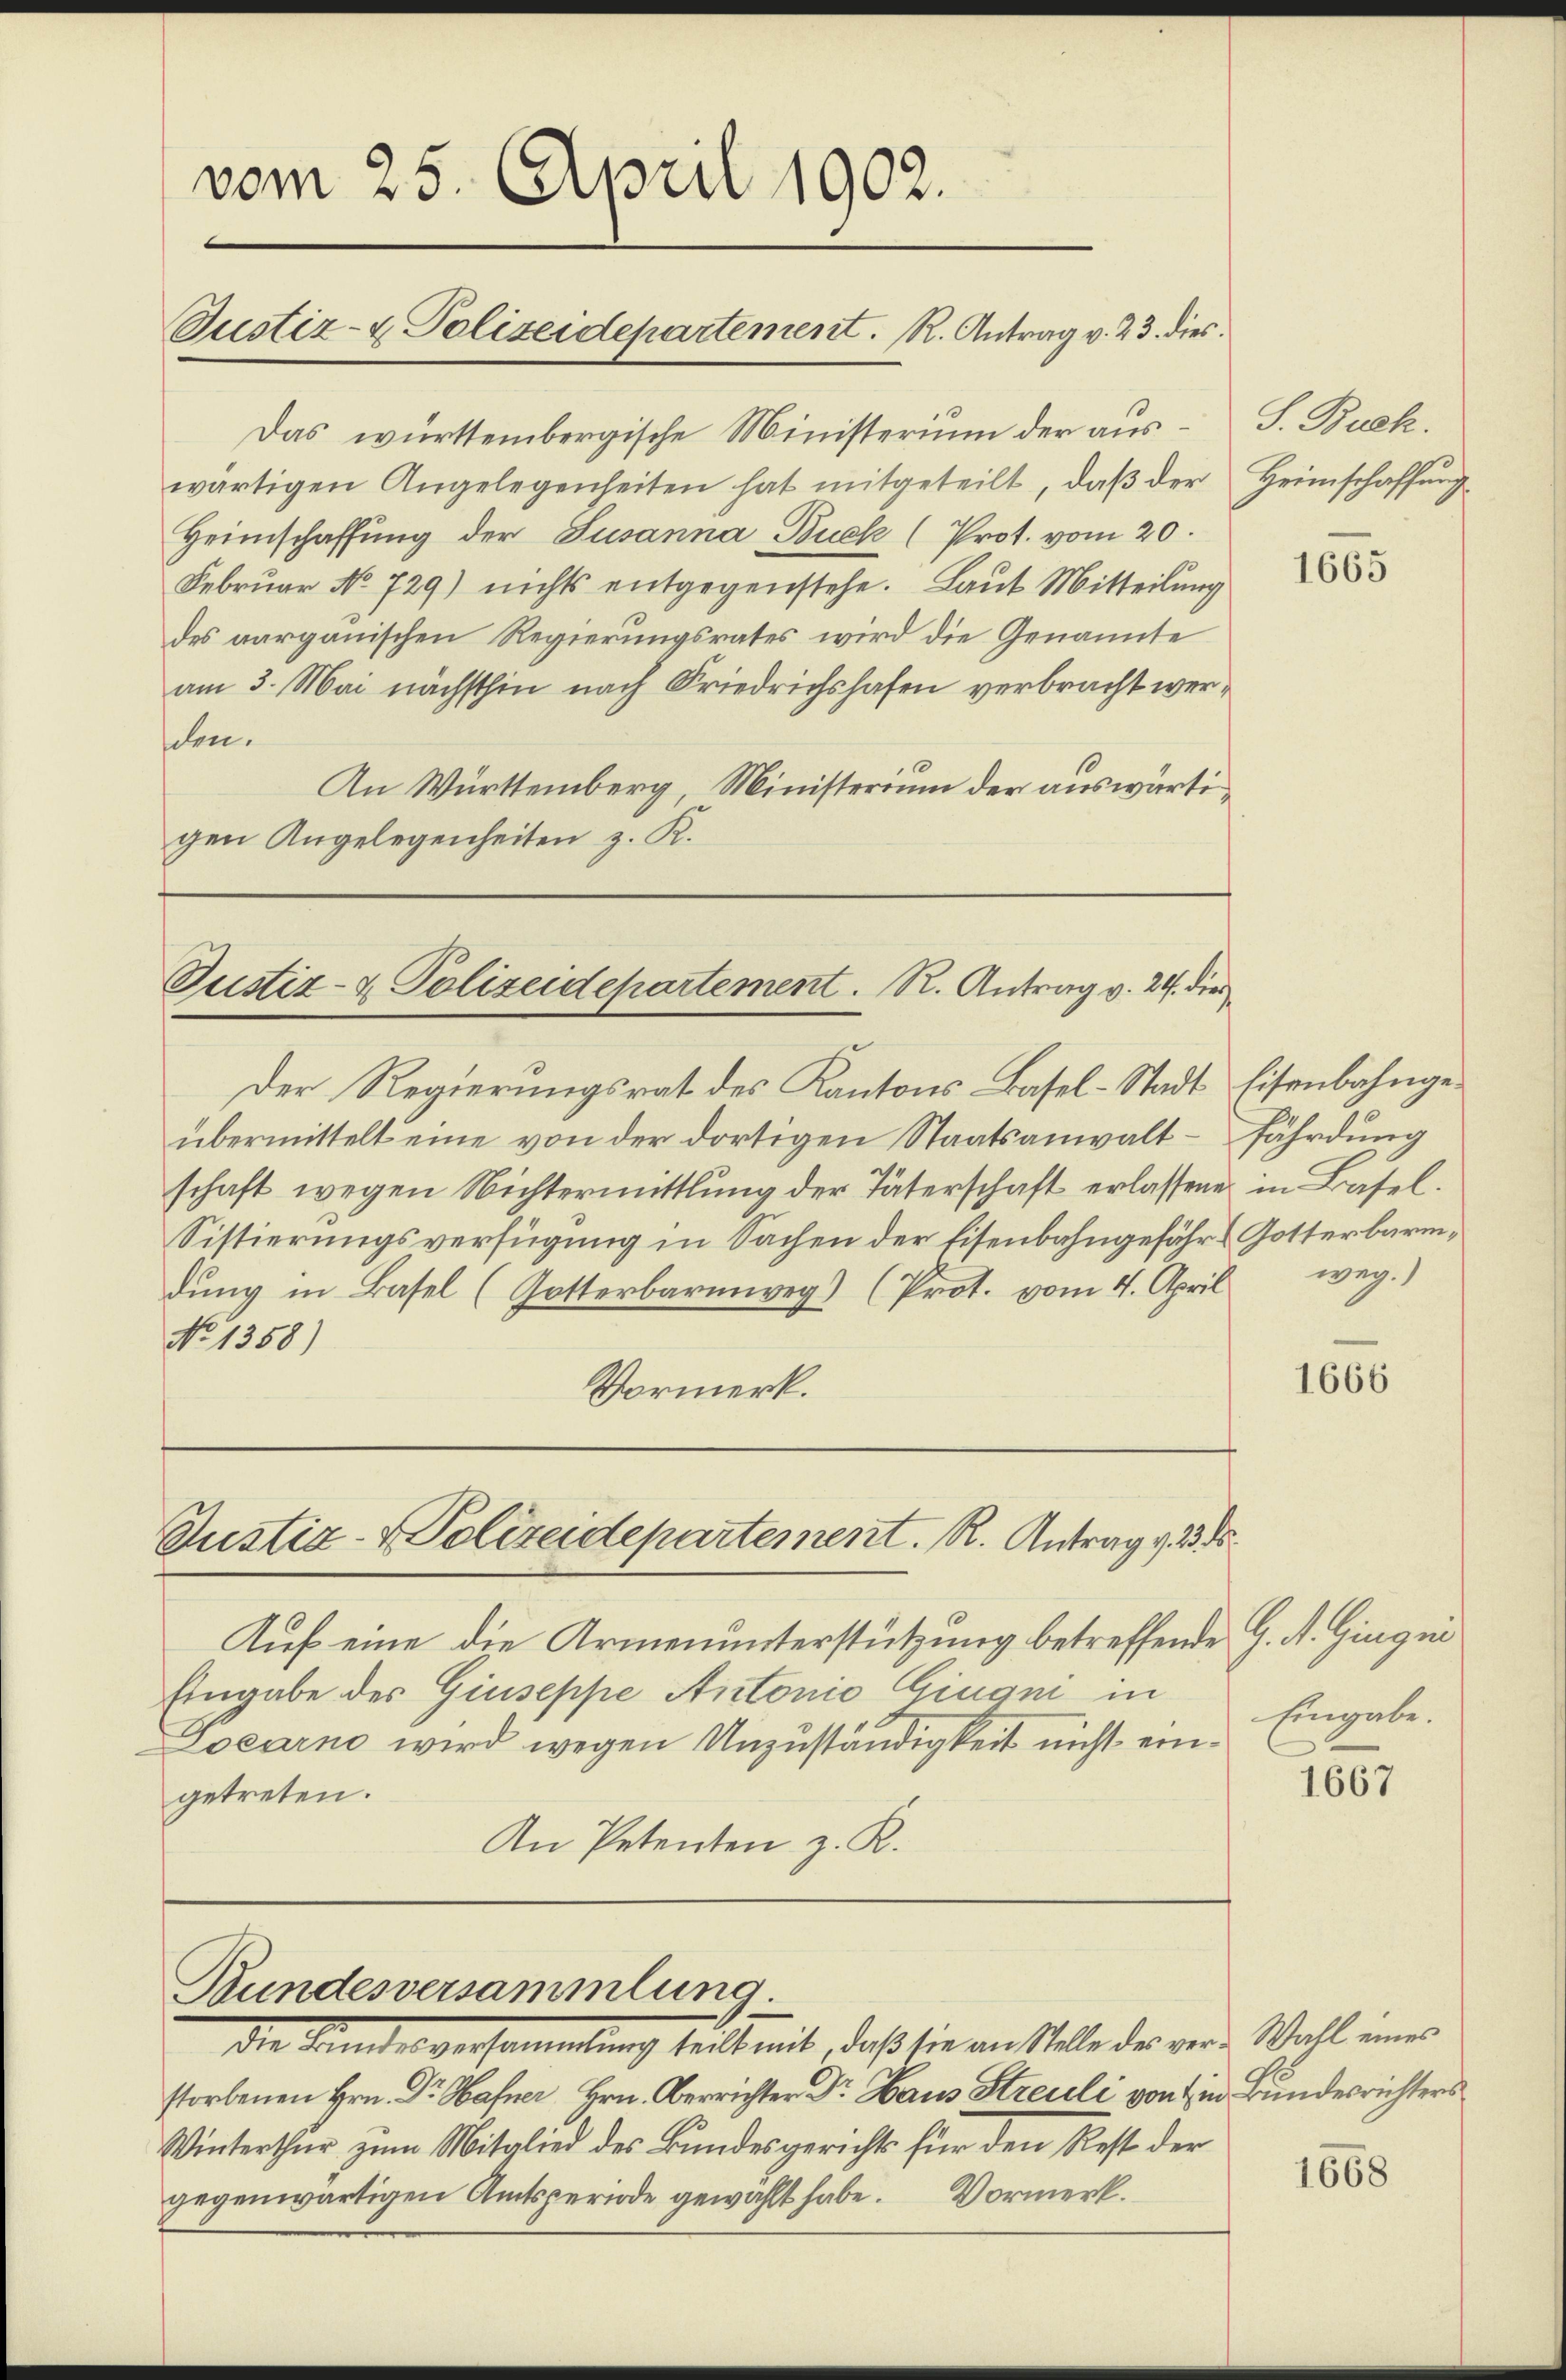
vom 25. April 1902.
Justiz- & Polizeidepartement. R. Antrag v. 23. dies

Das württembergische Ministerium der auswärtigen Angelegenheiten hat mitgeteilt, daβ der Heimschaffŭng
Heimschaffung der Susanna Buck (Prot. vom 20.
Februar No 729) nichts entgegenstehe. Laut Mitteilung
des aargauischen Regierungsrates wird die Genannte
am 3. Mai nächsthin nach Friedrichshafen verbracht werden.
An Württemberg, Ministerium der auswärtigen Angelegenheiten z. K.

Justiz- & Polizeidepartement. R. Antrag v. 24. die
Der Regierungsrat des Kantons Basel-Stadt Eisenbahnge¬

Justiz-Polizeidepartement. R. Antrag v. 23. ds.

Bundesversammlung

die Kindesversammlung seit mit, daß sie an Stelle der verne Wahl eines
storbenen Hrn. Dr. Hafner, Hrn. Oberrichter Dr. Haus Streuli von in Bundesrichters
Winterthur zum Mitglied des Bundesgericht für den Rest der
gegenwärtigen Amtsperiode gewählt habe. Vormerk

übermittelt eine von der dortigen Staatsanwaltschaft wegen Nichtermittlung der Täterschaft erlassene in Basel.
Sistierungsverfügung in Sachen der Eisenbahngefähr & Gotterbarm,
dung in Basel (Gotterbarmweg) (Prot. vom 4. April weg.)
No 1358)
Vormerk.

Auf eine die Armenunterstützung betreffende G. A. Gingni
Eingabe des Giuseppe Antonio Giugi in
Locarno wird wegen Unzuständigkeit nicht eingetreten.
An Petenten z. R.

S. Buch.

1665

fährdung

1666

Eingabe.

1667

1668